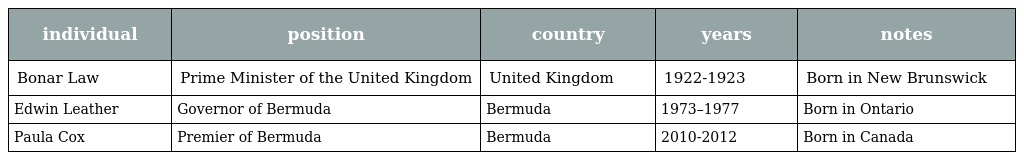
| individual | position | country | years | notes |
 | --- | --- | --- | --- | --- |
 | Bonar Law | Prime Minister of the United Kingdom | United Kingdom | 1922-1923 | Born in New Brunswick |
 | Edwin Leather | Governor of Bermuda | Bermuda | 1973–1977 | Born in Ontario |
 | Paula Cox | Premier of Bermuda | Bermuda | 2010-2012 | Born in Canada |